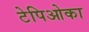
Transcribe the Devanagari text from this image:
टेपिओका